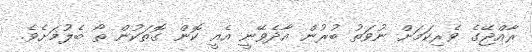
ރާއްޖޭގެ ވެރިކަމަށް ނުވަތު ބުރުން އާދެވޭނީ އެއީ ކޮން ގޮތަކުން ތޯ ބެލުމަށެވެ.